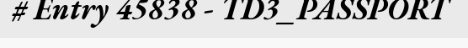
# Entry 45838 - TD3_PASSPORT